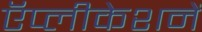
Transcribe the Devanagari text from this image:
ऍप्लीकेशनें